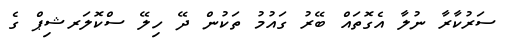
ސަރުކާރާ ނުލާ އެގޮތައް ބޭރު ގައުމު ތަކުން ދޭ ހިލޭ ސްކޮލަރޝިޕް ގެ